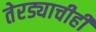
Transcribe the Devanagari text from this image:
तेरड्याचीही